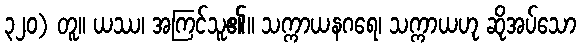
၃၂၀) တူ။ ယဿ၊ အကြင်သူ၏။ သက္ကာယနဂရေ၊ သက္ကာယဟု ဆိုအပ်သော